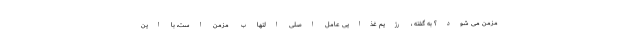
مزمن می شود؟ به گفته ، رژیم غذایی عامل اصلی التهاب مزمن است، با این